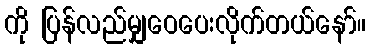
ကို ပြန်လည်မျှဝေပေးလိုက်တယ်နော်။